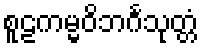
စူဠကမ္မဝိဘင်္ဂသုတ္တံ